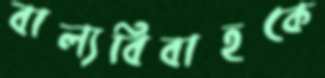
বাল্যবিবাহকে